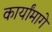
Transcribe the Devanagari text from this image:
कार्यांमागे